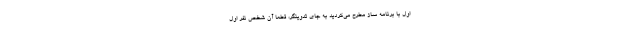
اول با برنامه ساز مطرح می‌کردید به جای تدوینگر، قطعا آن شخص نفر اول